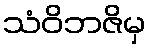
သံဝိဘဇိမှ